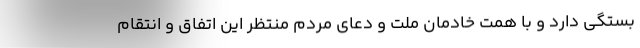
بستگی دارد و با همت خادمان ملت و دعای مردم منتظر این اتفاق و انتقام